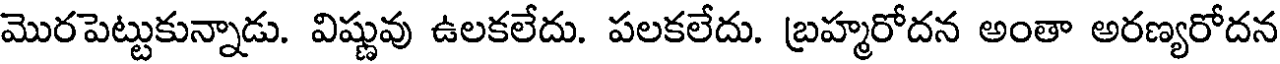
మొరపెట్టుకున్నాడు. విష్ణువు ఉలకలేదు. పలకలేదు. బ్రహ్మరోదన అంతా అరణ్యరోదన